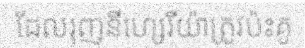
ដែលរុញនីហ្សេរីយ៉ាត្រូវប៉ះគូ